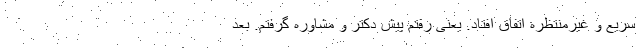
سریع و غیرمنتظره اتفاق افتاد. یعنی رفتم پیش دکتر و مشاوره گرفتم. بعد